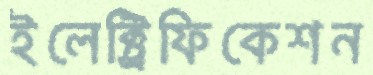
ইলেক্ট্রিফিকেশন